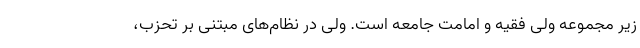
زیر مجموعه ولی فقیه و امامت جامعه است. ولی در نظام‌های مبتنی بر تحزب،